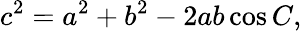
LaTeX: c^{2}=a^{2}+b^{2}-2ab\cos C,